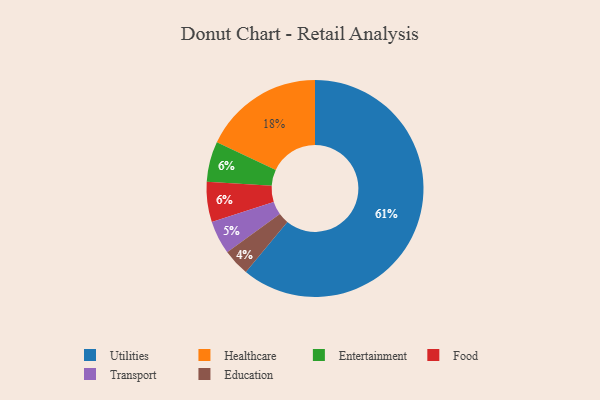
{"axis": {"x": "Category", "y": "Percentage"}, "legend": ["Education", "Entertainment", "Food", "Healthcare", "Transport", "Utilities"], "data": [{"x": "Education", "y": 4, "type": "Education"}, {"x": "Entertainment", "y": 6, "type": "Entertainment"}, {"x": "Utilities", "y": 61, "type": "Utilities"}, {"x": "Transport", "y": 5, "type": "Transport"}, {"x": "Food", "y": 6, "type": "Food"}, {"x": "Healthcare", "y": 18, "type": "Healthcare"}]}